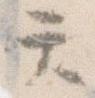
天